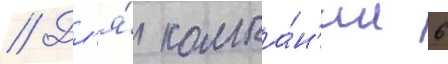
// Дл'я́ компа́н'ии 6